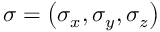
\boldsymbol { \sigma } = \left( \sigma _ { x } , \sigma _ { y } , \sigma _ { z } \right)